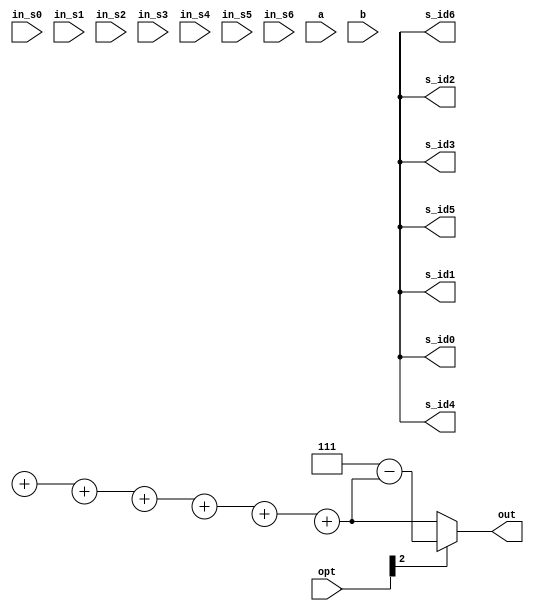
module CC(
  in_s0,
  in_s1,
  in_s2,
  in_s3,
  in_s4,
  in_s5,
  in_s6,
  opt,
  a,
  b,
  s_id0,
  s_id1,
  s_id2,
  s_id3,
  s_id4,
  s_id5,
  s_id6,
  out

);
input [3:0]in_s0;
input [3:0]in_s1;
input [3:0]in_s2;
input [3:0]in_s3;
input [3:0]in_s4;
input [3:0]in_s5;
input [3:0]in_s6;
input [2:0]opt;
input [1:0]a;
input [2:0]b;
output [2:0] s_id0;
output [2:0] s_id1;
output [2:0] s_id2;
output [2:0] s_id3;
output [2:0] s_id4;
output [2:0] s_id5;
output [2:0] s_id6;
output [2:0] out; 
//==================================================================
// reg & wire
//==================================================================
wire [3:0]in_s0, in_s1, in_s2, in_s3, in_s4, in_s5, in_s6;
wire [2:0]opt;
wire [1:0]a;
wire [2:0]b;
wire [2:0] s_id0, s_id1, s_id2, s_id3, s_id4, s_id5, s_id6;
wire [2:0] out; 
wire signed [7:0] w2;
wire [6:0] w3;
wire [7:0] ps;
wire [7:0] ps0;
wire signed [7:0] ps1;
wire signed [7:0] w4;
wire [2:0] w5;
wire signed [7:0] ws1;
wire signed [7:0] ws2;
wire signed [7:0] ws3;
//==================================================================
// design
//==================================================================
cga ca0_0(.i0({3'd0, in_s0}), .i1({3'd1, in_s1}), .sb(opt[0]), .o0(), .o1());
cga ca0_1(.i0(ca0_0.o1),      .i1({3'd2, in_s2}), .sb(opt[0]), .o0(), .o1());
cga ca0_2(.i0(ca0_1.o1),      .i1({3'd3, in_s3}), .sb(opt[0]), .o0(), .o1());
cga ca0_3(.i0(ca0_2.o1),      .i1({3'd4, in_s4}), .sb(opt[0]), .o0(), .o1());
cga ca0_4(.i0(ca0_3.o1),      .i1({3'd5, in_s5}), .sb(opt[0]), .o0(), .o1());
cga ca0(  .i0(ca0_4.o1),      .i1({3'd6, in_s6}), .sb(opt[0]), .o0(), .o1());
cga ca1_0(.i0(ca0_0.o0),      .i1(ca0_1.o0),      .sb(opt[0]), .o0(), .o1());
cga ca1_1(.i0(ca1_0.o1),      .i1(ca0_2.o0),      .sb(opt[0]), .o0(), .o1());
cga ca1_2(.i0(ca1_1.o1),      .i1(ca0_3.o0),      .sb(opt[0]), .o0(), .o1());
cga ca1_3(.i0(ca1_2.o1),      .i1(ca0_4.o0),      .sb(opt[0]), .o0(), .o1());
cga ca1(  .i0(ca1_3.o1),      .i1(ca0.o0  ),      .sb(opt[0]), .o0(), .o1());
cga ca2_0(.i0(ca1_0.o0),      .i1(ca1_1.o0),      .sb(opt[0]), .o0(), .o1());
cga ca2_1(.i0(ca2_0.o1),      .i1(ca1_2.o0),      .sb(opt[0]), .o0(), .o1());
cga ca2_2(.i0(ca2_1.o1),      .i1(ca1_3.o0),      .sb(opt[0]), .o0(), .o1());
cga ca2(  .i0(ca2_2.o1),      .i1(ca1.o0  ),      .sb(opt[0]), .o0(), .o1());
cga ca3_0(.i0(ca2_0.o0),      .i1(ca2_1.o0),      .sb(opt[0]), .o0(), .o1());
cga ca3_1(.i0(ca3_0.o1),      .i1(ca2_2.o0),      .sb(opt[0]), .o0(), .o1());
cga ca3(  .i0(ca3_1.o1),      .i1(ca2.o0  ),      .sb(opt[0]), .o0(), .o1());
cga ca4_0(.i0(ca3_0.o0),      .i1(ca3_1.o0),      .sb(opt[0]), .o0(), .o1());
cga ca4(  .i0(ca4_0.o1),      .i1(ca3.o0  ),      .sb(opt[0]), .o0(), .o1());
cga ca5(  .i0(ca4_0.o0),      .i1(ca4.o0  ),      .sb(opt[0]), .o0(), .o1());
cgd cd0_0(.i0({3'd0, in_s0}), .i1({3'd1, in_s1}), .sb(opt[0]), .o0(), .o1());
cgd cd0_1(.i0(cd0_0.o1),      .i1({3'd2, in_s2}), .sb(opt[0]), .o0(), .o1());
cgd cd0_2(.i0(cd0_1.o1),      .i1({3'd3, in_s3}), .sb(opt[0]), .o0(), .o1());
cgd cd0_3(.i0(cd0_2.o1),      .i1({3'd4, in_s4}), .sb(opt[0]), .o0(), .o1());
cgd cd0_4(.i0(cd0_3.o1),      .i1({3'd5, in_s5}), .sb(opt[0]), .o0(), .o1());
cgd cd0(  .i0(cd0_4.o1),      .i1({3'd6, in_s6}), .sb(opt[0]), .o0(), .o1());
cgd cd1_0(.i0(cd0_0.o0),      .i1(cd0_1.o0),      .sb(opt[0]), .o0(), .o1());
cgd cd1_1(.i0(cd1_0.o1),      .i1(cd0_2.o0),      .sb(opt[0]), .o0(), .o1());
cgd cd1_2(.i0(cd1_1.o1),      .i1(cd0_3.o0),      .sb(opt[0]), .o0(), .o1());
cgd cd1_3(.i0(cd1_2.o1),      .i1(cd0_4.o0),      .sb(opt[0]), .o0(), .o1());
cgd cd1(  .i0(cd1_3.o1),      .i1(cd0.o0  ),      .sb(opt[0]), .o0(), .o1());
cgd cd2_0(.i0(cd1_0.o0),      .i1(cd1_1.o0),      .sb(opt[0]), .o0(), .o1());
cgd cd2_1(.i0(cd2_0.o1),      .i1(cd1_2.o0),      .sb(opt[0]), .o0(), .o1());
cgd cd2_2(.i0(cd2_1.o1),      .i1(cd1_3.o0),      .sb(opt[0]), .o0(), .o1());
cgd cd2(  .i0(cd2_2.o1),      .i1(cd1.o0  ),      .sb(opt[0]), .o0(), .o1());
cgd cd3_0(.i0(cd2_0.o0),      .i1(cd2_1.o0),      .sb(opt[0]), .o0(), .o1());
cgd cd3_1(.i0(cd3_0.o1),      .i1(cd2_2.o0),      .sb(opt[0]), .o0(), .o1());
cgd cd3(  .i0(cd3_1.o1),      .i1(cd2.o0  ),      .sb(opt[0]), .o0(), .o1());
cgd cd4_0(.i0(cd3_0.o0),      .i1(cd3_1.o0),      .sb(opt[0]), .o0(), .o1());
cgd cd4(  .i0(cd4_0.o1),      .i1(cd3.o0  ),      .sb(opt[0]), .o0(), .o1());
cgd cd5(  .i0(cd4_0.o0),      .i1(cd4.o0  ),      .sb(opt[0]), .o0(), .o1());
assign w3 = {in_s6[3], in_s5[3], in_s4[3], in_s3[3], in_s2[3], in_s1[3], in_s0[3]} & {7{opt[0]}};
assign w2 = (
    {{4{w3[0]}}, in_s0} + 
    {{4{w3[1]}}, in_s1} + 
    {{4{w3[2]}}, in_s2} + 
    {{4{w3[3]}}, in_s3} + 
    {{4{w3[4]}}, in_s4} + 
    {{4{w3[5]}}, in_s5} + 
    {{4{w3[6]}}, in_s6});
assign w4 = a + 1'b1;
assign ws1 = 8'd7;
assign ws2 = w2/ws1;
assign ws3 = ws2 - b;
assign ps = ws3 - a;
assign ps0 = ps*w4 - a;
assign ps1 = ws3/w4;
pas pas0(.si({{4{w3[0]}}, in_s0}), .ps((w3[0])?ps0:ps1), .po());
pas pas1(.si({{4{w3[1]}}, in_s1}), .ps((w3[1])?ps0:ps1), .po());
pas pas2(.si({{4{w3[2]}}, in_s2}), .ps((w3[2])?ps0:ps1), .po());
pas pas3(.si({{4{w3[3]}}, in_s3}), .ps((w3[3])?ps0:ps1), .po());
pas pas4(.si({{4{w3[4]}}, in_s4}), .ps((w3[4])?ps0:ps1), .po());
pas pas5(.si({{4{w3[5]}}, in_s5}), .ps((w3[5])?ps0:ps1), .po());
pas pas6(.si({{4{w3[6]}}, in_s6}), .ps((w3[6])?ps0:ps1), .po());
assign w5 = pas0.po + pas1.po + pas2.po + pas3.po + pas4.po + pas5.po + pas6.po;
assign out = (opt[2])?(3'd7 - w5):w5;
assign {s_id0, s_id1, s_id2, s_id3, s_id4, s_id5, s_id6} = (opt[1])?{
  cd5.o0[6:4], cd5.o1[6:4], cd4.o1[6:4], cd3.o1[6:4], cd2.o1[6:4], cd1.o1[6:4], cd0.o1[6:4]}:{
  ca5.o0[6:4], ca5.o1[6:4], ca4.o1[6:4], ca3.o1[6:4], ca2.o1[6:4], ca1.o1[6:4], ca0.o1[6:4]};
endmodule

module cga(i0, i1, o0, o1, sb);
input wire [6:0] i0, i1;
input wire sb;
output wire [6:0] o0, o1;
assign {o0, o1} = ( ((i1[3] && !i0[3] && sb) || (i1[3:0] < i0[3:0])) && (i1[3] || !i0[3] || !sb) )?{i1, i0}:{i0, i1};
endmodule

module cgd(i0, i1, o0, o1, sb);
input wire [6:0] i0, i1;
input wire sb;
output wire [6:0] o0, o1;
assign {o0, o1} = ( ((!i1[3] && i0[3] && sb) || (i1[3:0] > i0[3:0])) && (!i1[3] || i0[3] || !sb) )?{i1, i0}:{i0, i1};
endmodule

module pas(si, ps, po);
input wire [7:0] si, ps;
output wire [2:0] po;
assign po = {2'b0, ((!si[7] || ps[7]) && !(si < ps)) || (!si[7] && ps[7])};
endmodule